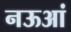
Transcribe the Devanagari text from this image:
नऊआं